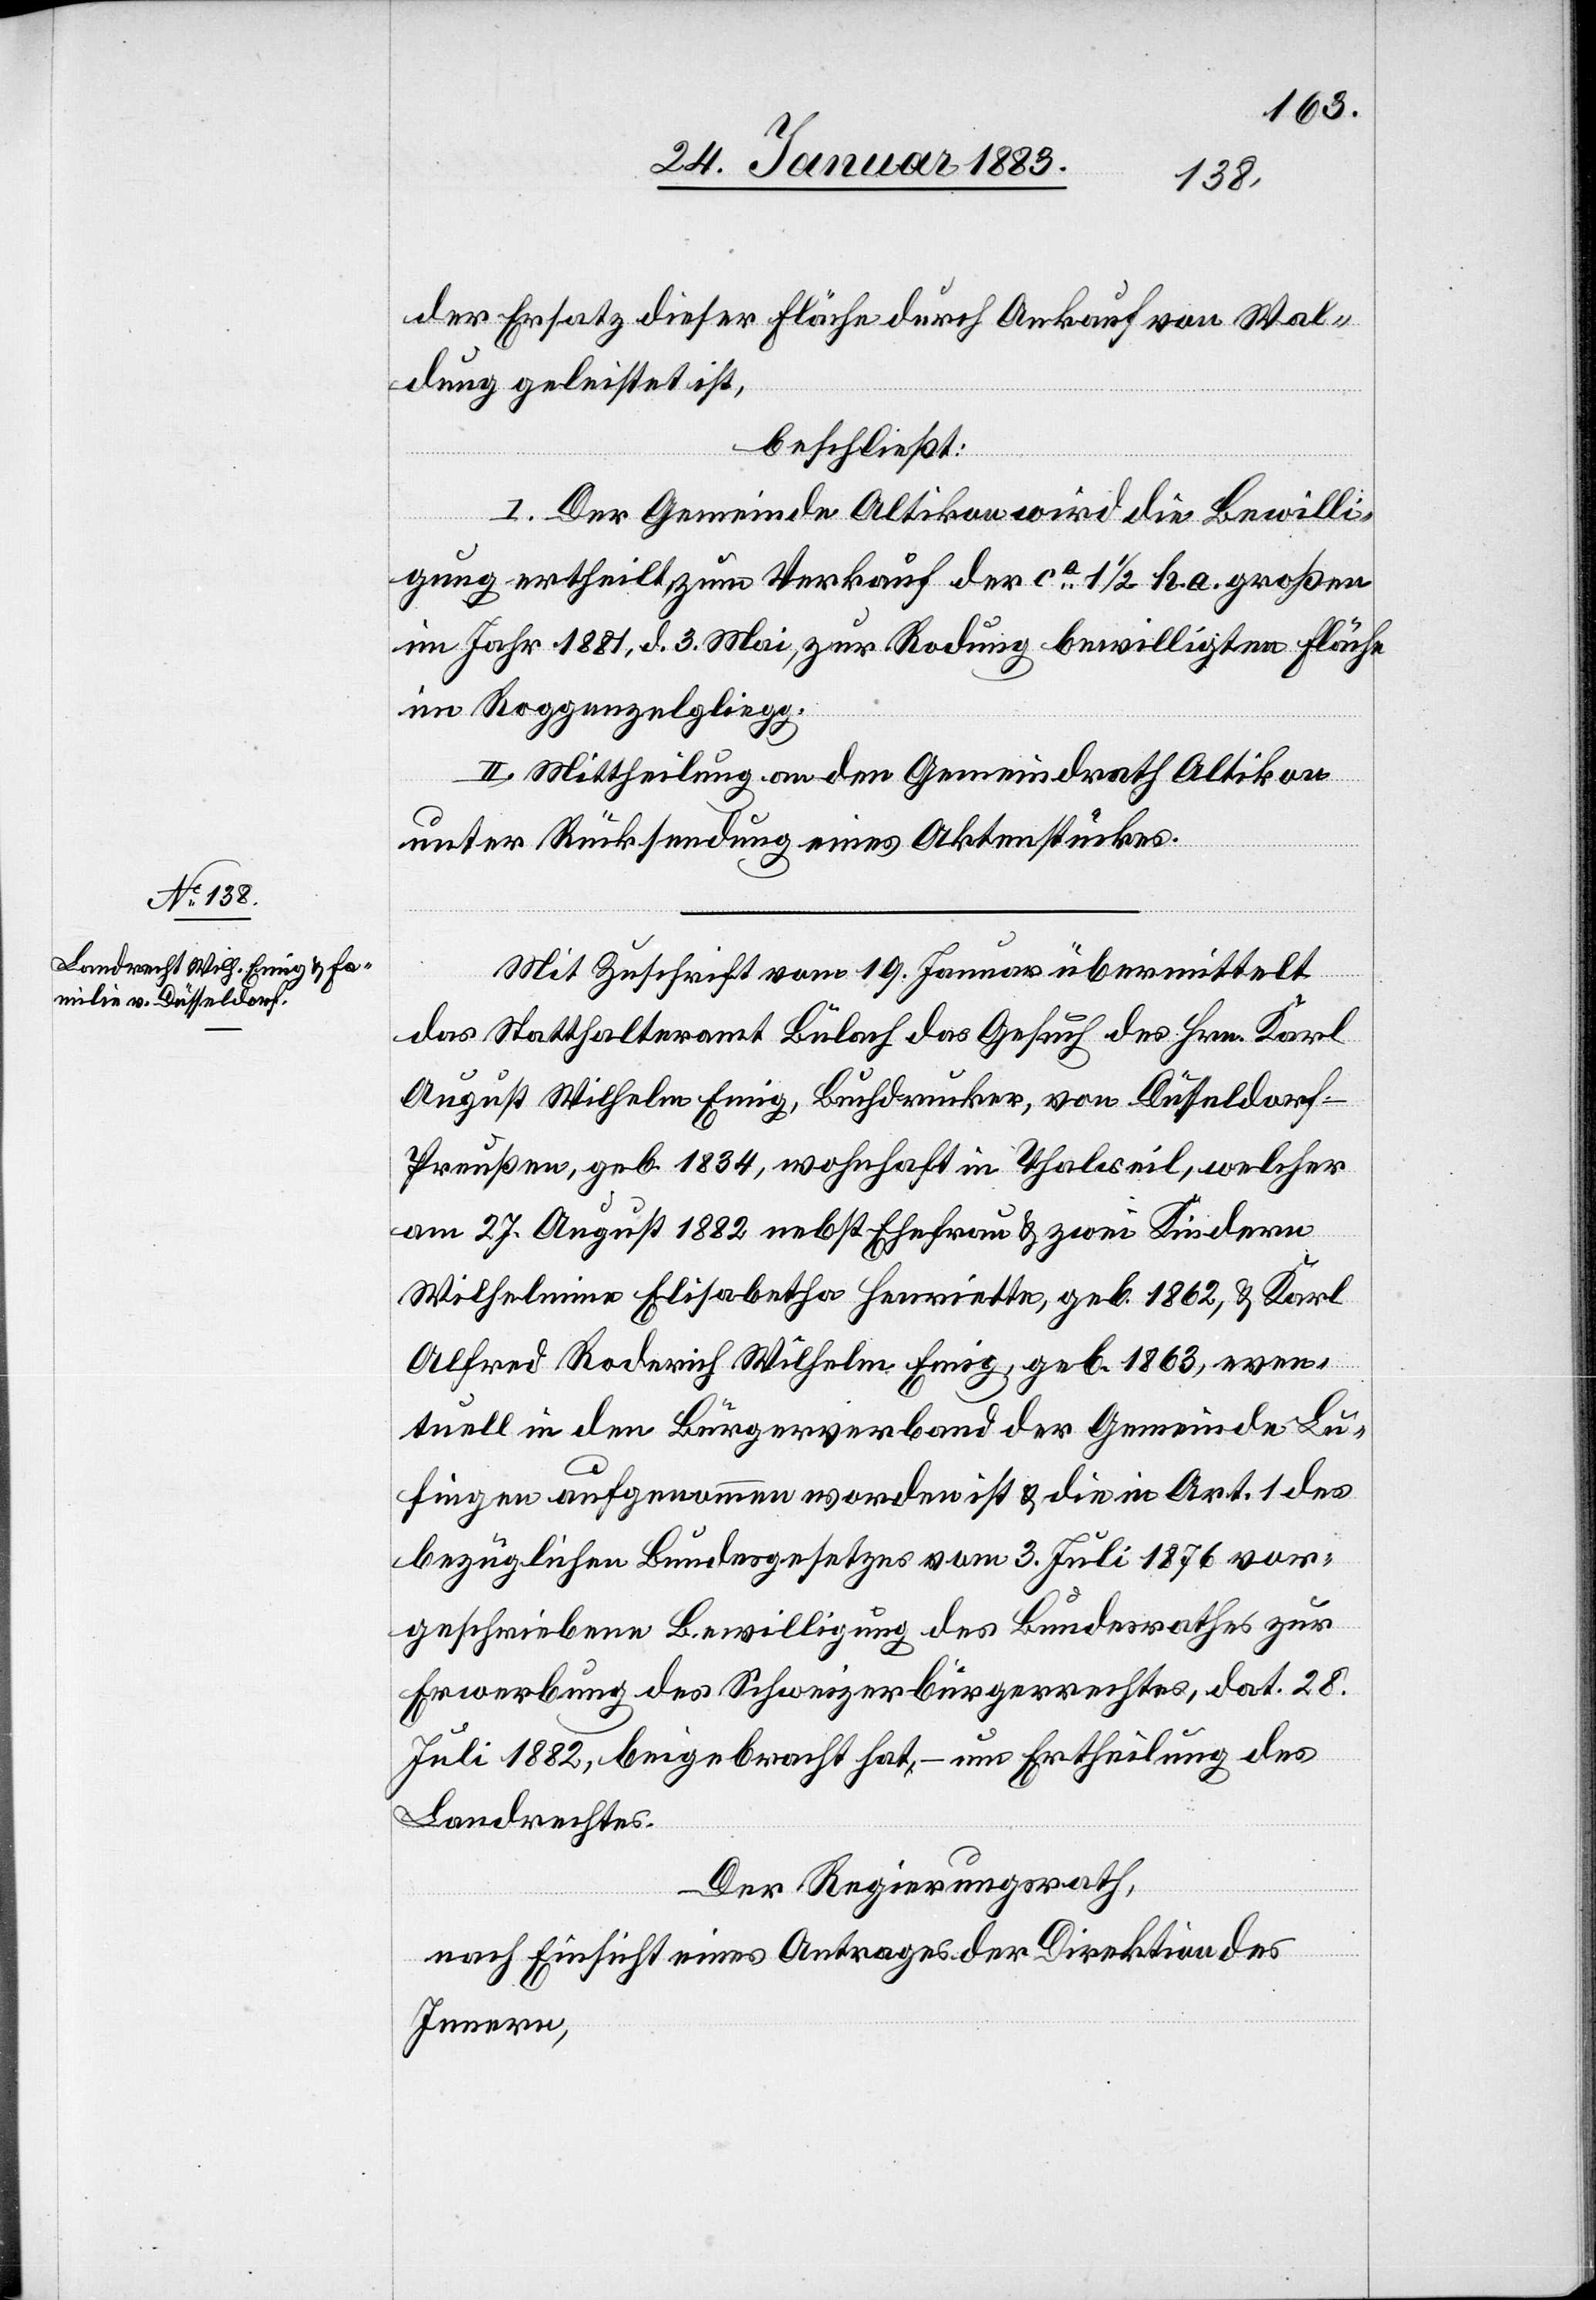
der Ersatz dieser Fläche durch Ankauf von Wal¬
dung geleistet ist,
beschließt:
I. Der Gemeinde Altikon wird die Bewilli¬
gung ertheilt zum Verkauf der ca 1 1/2 ha. großen
im Jahr 1881, d. 3. Mai, zur Rodung bewilligten Fläche
im Roggenzelgliegg.
II. Mittheilung an den Gemeindrath Altikon
unter Rücksendung eines Aktenstückes.
Mit Zuschrift vom 19. Januar übermittelt
das Statthalteramt Bülach das Gesuch des Hrn. Karl
August Wilhelm Emig, Buchdrucker, von Düsseldorf
Preussen, geb. 1834, wohnhaft in Thalweil, welcher
am 27. August 1882 nebst Ehefrau & zwei Kindern
Wilhelmina Elisabetha Henriette, geb. 1862, & Karl
Alfred Roderich Wilhelm Emig, geb. 1863, even¬
tuell in den Bürgerverband der Gemeinde Lu¬
fingen aufgenommen worden ist & die in Art. 1 des
bezüglichen Bundesgesetzes vom 3. Juli 1876 vor¬
geschriebene Bewilligung des Bundesrathes zur
Erwerbung des Schweizerbürgerrechtes, dat. 28.
Juli 1882, beigebracht hat, – um Ertheilung des
Landrechtes.
Der Regierungsrath,
nach Einsicht eines Antrages der Direktion des
Innern,